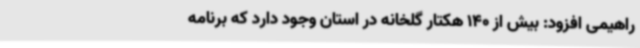
راهیمی افزود: بیش از 140 هکتار گلخانه در استان وجود دارد که برنامه